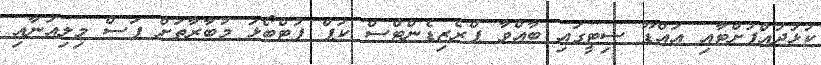
ކުޅުދުއްފުށްޓާއި އައްޑޫ ސިޓީގައި ބާއްވާ ޕްރެޒިޑެންޓްސް ކަޕް ފުޓްބޯޅަ މުބާރާތަށް ފަސް މިލިއަނާއި